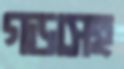
গড়াসহ